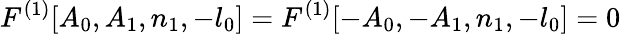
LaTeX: F^{(1)}[A_{0},A_{1},n_{1},-l_{0}]=F^{(1)}[-A_{0},-A_{1},n_{1},-l_{0}]=0